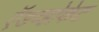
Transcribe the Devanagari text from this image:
ऍडव्होकेट